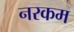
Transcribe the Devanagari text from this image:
नरकम